Civil Veterinary Department. United Provinces 1932-42 - 1932-1942
Year: 1932
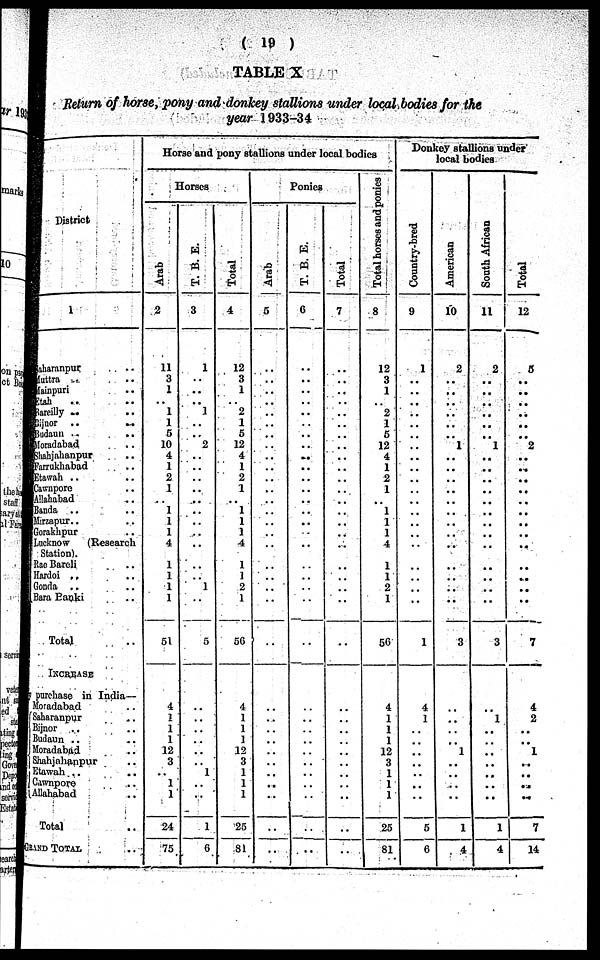
( 19 )
TABLE X
Return of horse, pony and donkey stallions under local bodies for the
year 1933-34
District
1
Saharanpur ..
Muttra ..
Mainpuri ..
Etah ..
Bareilly .. ..
Bijnor ..
..
Badaun .. ..
Moradabad ..
Shahjahanpur ..
Farrukhabad ..
Etawah .. ..
Cawnpore ..
Allahabad ..
Banda .. ..
Mirzapur .. ..
Gorakhpur ..
Lucknow
(Research
station).
Rae Bareli ..
Hardoi .. ..
Gonda .. ..
Bara Banki ..
Total
INCREASE
y purchase in India—
Moradabad ..
saharanpur ..
Bijnor .. ..
Budaun .. ..
Moradabad ..
Shahjahanpur ..
Etawah .. ..
Cownpore ..
Allalhabad ..
Total
GRAND TOTAL ..
Horse and pony stallions under local bodies
Horses
Arab
2
11
3
1
1
5
10
4
1
2
1
1
1
1
4
1
1
1
1
51
4
1
1 I
12
3
1
1
21
75
T. B. E.
3
1
..
1
..
2
..
..
1
5
1
..
..
1
6
Total
4
12
3
1
2
1
5
12
4
1
2
1
..
1
1
1
4
1
1
2
1
56
4
1
1
1
12
3
1
1
1
25
84
Ponies
Arab
5
..
..
..
..
..
..
..
..
..
..
..
..
..
..
..
..
..
.. ..
..
..
..
..
..
..
..
..
..
..
..
..
..
..
..
T. B. E.
6
..
..
..
..
..
..
..
..
..
..
..
..
..
..
..
..
..
.. ..
..
..
..
..
..
..
..
..
..
..
..
..
..
..
..
Total
7
..
..
..
..
..
..
..
..
..
..
..
..
..
..
..
..
..
.. ..
..
..
..
..
..
..
..
..
..
..
..
..
..
..
..
Total horses and ponies
8
12
3
1
2
1
5
12
4
1
2
1
..
1
1
1
4
1
1
1
56
4
1
1
1
12
3
1
1
1
25
81
Donkey stallions under
local bodies
Country-bred
9
1
..
..
..
..
..
..
..
..
..
..
..
..
..
..
..
..
.. ..
..
..
..
1
4
1
..
..
..
..
..
..
..
5
6
American
10
2
..
..
..
1
..
..
..
..
3
..
..
..
1
..
..
..
..
1
4
South African
11
2
..
..
..
..
..
..
1
..
..
..
..
..
..
..
..
..
.. ..
..
..
..
3
..
1
..
..
..
..
..
..
..
1
4
Total
12
3
..
..
..
..
..
..
2
..
..
..
..
..
..
..
..
..
.. ..
..
..
..
7
4
2
..
..
1
..
..
..
..
7
14